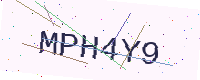
Text: MPH4Y9